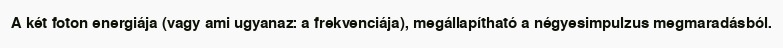
A két foton energiája (vagy ami ugyanaz: a frekvenciája), megállapítható a négyesimpulzus megmaradásból.